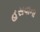
હસવાના